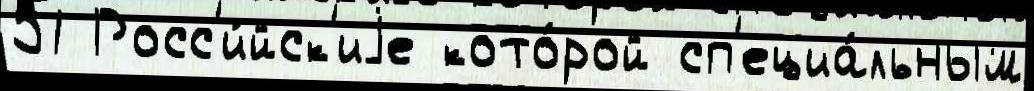
51 Росс'и́йск'иjе кото́рой сп'ециа́льным